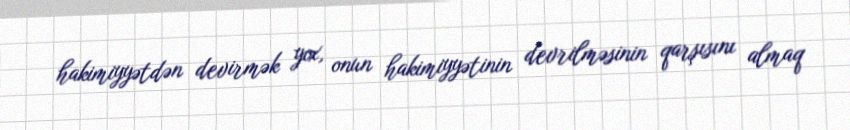
hakimiyyətdən devirmək yox, onun hakimiyyətinin devrilməsinin qarşısını almaq